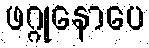
ဖဂ္ဂုနောပေ